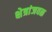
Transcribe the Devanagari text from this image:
क्षेत्रांजवळ